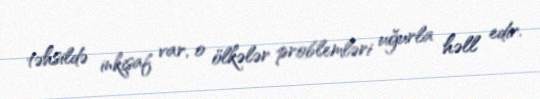
təhsildə inkişaf var, o ölkələr problemləri uğurla həll edir.